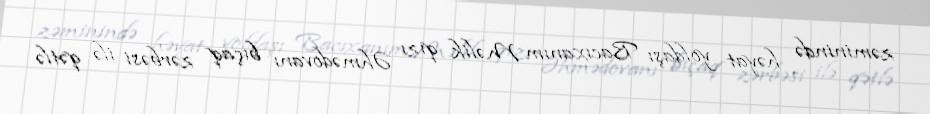
zəminində həyat yoldaşı Bacıxanım Məlik qızı Əhmədovanı bıçaq zərbəsi ilə qətlə